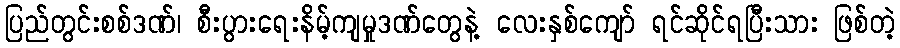
ပြည်တွင်းစစ်ဒဏ်၊ စီးပွားရေးနိမ့်ကျမှုဒဏ်တွေနဲ့ လေးနှစ်ကျော် ရင်ဆိုင်ရပြီးသား ဖြစ်တဲ့